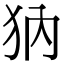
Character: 𤜽